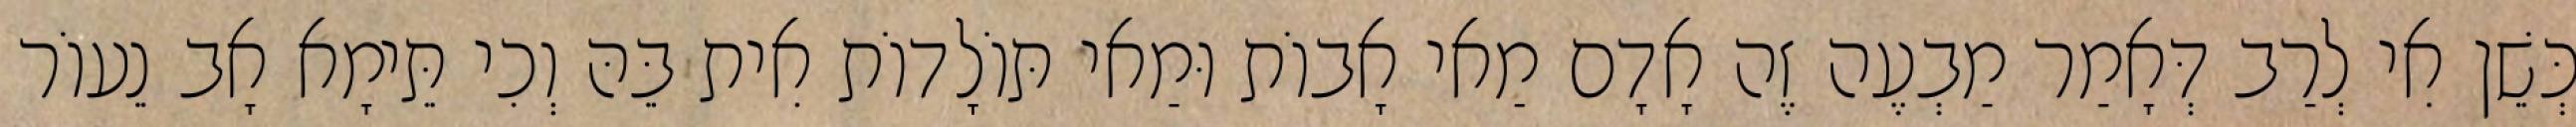
כְּשֵׁן אִי לְרַב דְּאָמַר מַבְעֶה זֶה אָדָם מַאי אָבוֹת וּמַאי תּוֹלָדוֹת אִית בֵּהּ וְכִי תֵּימָא אָב נֵעוֹר